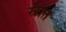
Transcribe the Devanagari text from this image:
स्रात